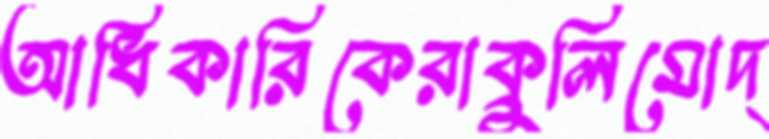
আধিকারিকেরাক্রুলিমোদ্‌